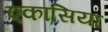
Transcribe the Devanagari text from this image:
एकासिया